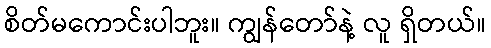
စိတ်မကောင်းပါဘူး။ ကျွန်တော်နဲ့ လူ ရှိတယ်။